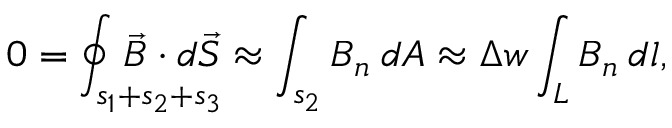
0 = \oint _ { s _ { 1 } + s _ { 2 } + s _ { 3 } } \! \! \! \! \! \! \! \! \! \! \! \! \! \! \! \! \vec { B } \cdot d \vec { S } \approx \int _ { s _ { 2 } } B _ { n } \: d A \approx \Delta w \int _ { L } B _ { n } \: d l ,